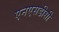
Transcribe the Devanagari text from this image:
एनएसडीसी